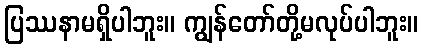
ပြဿနာမရှိပါဘူး။ ကျွန်တော်တို့မလုပ်ပါဘူး။